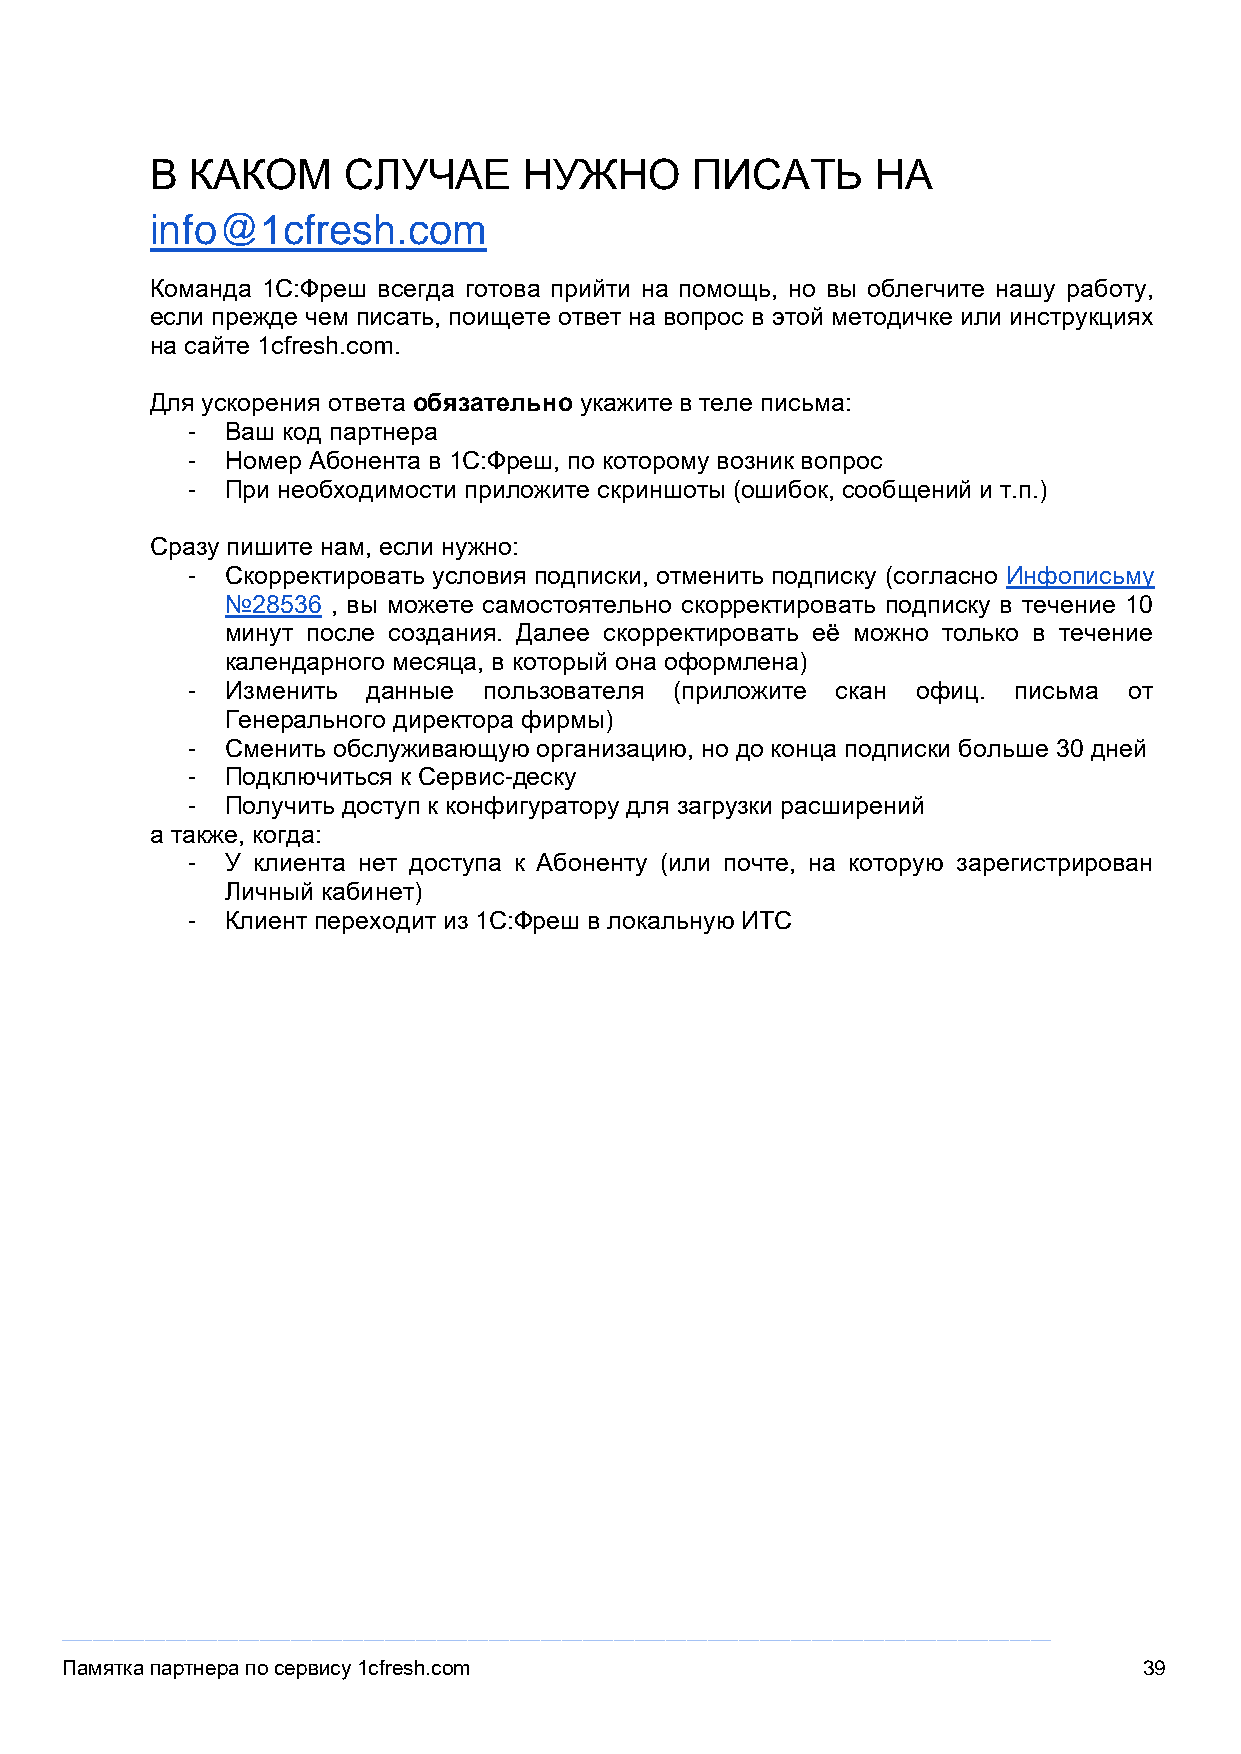
В  КАКОМ     СЛУЧАЕ      НУЖНО      ПИСАТЬ      НА
 info@1cfresh.com
 Команда 1С:Фреш всегда готова прийти на помощь, но вы облегчите нашу работу,
 если прежде чем писать, поищете ответ на вопрос в этой методичке или инструкциях
 на сайте 1cfresh.com.
 Для ускорения ответа обязательно укажите в теле письма:
 -  Ваш код партнера
 -  Номер Абонента в 1С:Фреш, по которому возник вопрос
 -  При необходимости приложите скриншоты (ошибок, сообщений и т.п.)
 Сразу пишите нам, если нужно:
 -  Скорректировать условия подписки, отменить подписку (согласно Инфописьму
 №28536 , вы можете самостоятельно скорректировать подписку в течение 10
 минут после создания. Далее скорректировать её можно только в течение
 календарного месяца, в который она оформлена)
 -  Изменить данные  пользователя (приложите скан офиц. письма  от
 Генерального директора фирмы)
 -  Сменить обслуживающую организацию, но до конца подписки больше 30 дней
 -  Подключиться к Сервис-деску
 -  Получить доступ к конфигуратору для загрузки расширений
 а также, когда:
 -  У клиента нет доступа к Абоненту (или почте, на которую зарегистрирован
 Личный кабинет)
 -  Клиент переходит из 1С:Фреш в локальную ИТС
 _______________________________________________________________________________________________
 Памятка партнера по сервису 1cfresh.com                                 39